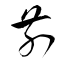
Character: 前